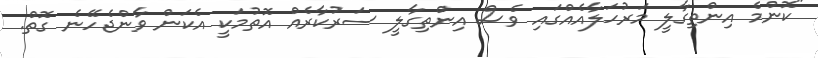
"ކޮންމެ އިންތިގާލީ މަރުހަލާއެއްގައި ވެސް އިންތިގާލީ ސަރުކާރެއް އޮތުމަކީ އެކަން ވާންޖެހޭނެ ގޮތް.